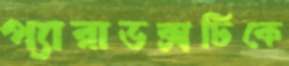
প্যারাডক্সটিকে